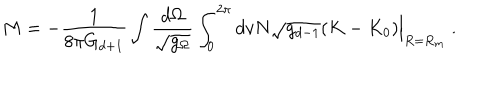
LaTeX: M = - \frac { 1 } { 8 \pi G _ { d + 1 } } \int \frac { d \Omega } { \sqrt { g _ { \Omega } } } \int _ { 0 } ^ { 2 \pi } d v N \sqrt { g _ { d - 1 } } ( K - K _ { 0 } ) \Big | _ { R = R _ { m } } \ .